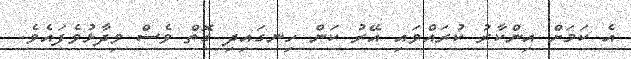
އެ ކަމަށް އިންކާރު ކުރައްވައި އޭރު ކަން ހިނގައިދި ގޮތް ވެސް ވިދާޅުވެފައެވެ.